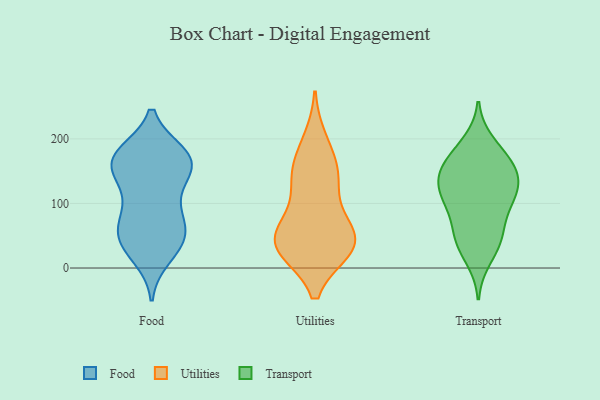
{"axis": {"x": "Market Share (%)", "y": "Value"}, "legend": ["Food", "Transport", "Utilities"], "data": [{"x": "", "y": 58, "type": "Food"}, {"x": "", "y": 18, "type": "Food"}, {"x": "", "y": 62, "type": "Food"}, {"x": "", "y": 172, "type": "Food"}, {"x": "", "y": 42, "type": "Food"}, {"x": "", "y": 41, "type": "Food"}, {"x": "", "y": 170, "type": "Food"}, {"x": "", "y": 141, "type": "Food"}, {"x": "", "y": 173, "type": "Food"}, {"x": "", "y": 30, "type": "Food"}, {"x": "", "y": 58, "type": "Food"}, {"x": "", "y": 148, "type": "Food"}, {"x": "", "y": 174, "type": "Food"}, {"x": "", "y": 88, "type": "Food"}, {"x": "", "y": 164, "type": "Food"}, {"x": "", "y": 157, "type": "Food"}, {"x": "", "y": 88, "type": "Food"}, {"x": "", "y": 118, "type": "Food"}, {"x": "", "y": 177, "type": "Food"}, {"x": "", "y": 141, "type": "Utilities"}, {"x": "", "y": 167, "type": "Utilities"}, {"x": "", "y": 58, "type": "Utilities"}, {"x": "", "y": 142, "type": "Utilities"}, {"x": "", "y": 29, "type": "Utilities"}, {"x": "", "y": 30, "type": "Utilities"}, {"x": "", "y": 123, "type": "Utilities"}, {"x": "", "y": 29, "type": "Utilities"}, {"x": "", "y": 197, "type": "Utilities"}, {"x": "", "y": 35, "type": "Utilities"}, {"x": "", "y": 68, "type": "Utilities"}, {"x": "", "y": 34, "type": "Utilities"}, {"x": "", "y": 56, "type": "Utilities"}, {"x": "", "y": 195, "type": "Transport"}, {"x": "", "y": 185, "type": "Transport"}, {"x": "", "y": 105, "type": "Transport"}, {"x": "", "y": 103, "type": "Transport"}, {"x": "", "y": 131, "type": "Transport"}, {"x": "", "y": 118, "type": "Transport"}, {"x": "", "y": 123, "type": "Transport"}, {"x": "", "y": 158, "type": "Transport"}, {"x": "", "y": 14, "type": "Transport"}, {"x": "", "y": 110, "type": "Transport"}, {"x": "", "y": 57, "type": "Transport"}, {"x": "", "y": 157, "type": "Transport"}, {"x": "", "y": 148, "type": "Transport"}, {"x": "", "y": 47, "type": "Transport"}, {"x": "", "y": 49, "type": "Transport"}, {"x": "", "y": 81, "type": "Transport"}, {"x": "", "y": 147, "type": "Transport"}, {"x": "", "y": 32, "type": "Transport"}, {"x": "", "y": 164, "type": "Transport"}]}